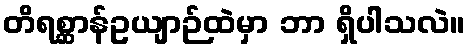
တိရစ္ဆာန်ဥယျာဉ်ထဲမှာ ဘာ ရှိပါသလဲ။